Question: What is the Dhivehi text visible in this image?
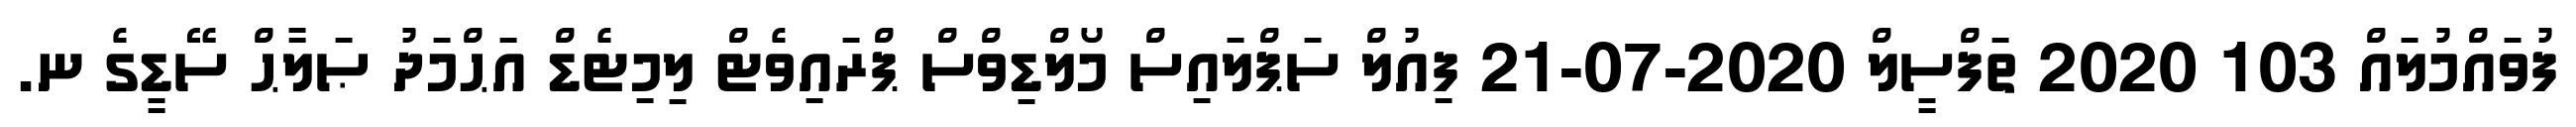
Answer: ފުވައްމުލައް 103 2020 ތަފްސީލް 2020-07-21 ފިއުލް ސަޕްލައިސް މޯލްޑިވްސް ޕްރައިވެޓް ލިމިޓެޑް އަޙްމަދު ޞަލާޙް ސޭޑީގެ ނ.